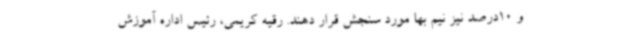
و 10درصد نیز نیم بها مورد سنجش قرار دهند. رقیه کریمی، رئیس اداره آموزش